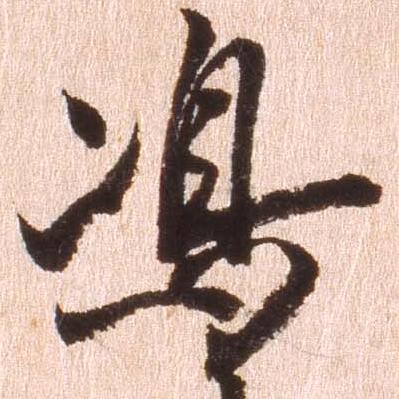
島